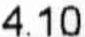
4.10